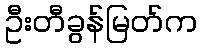
ဦးတီခွန်မြတ်က